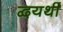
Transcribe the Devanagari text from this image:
द्वयर्थीं